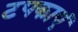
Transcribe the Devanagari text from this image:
टपकाएं